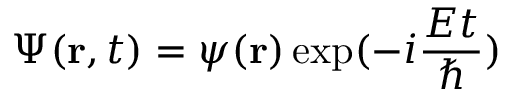
\Psi ( \mathbf { r } , t ) = \psi ( \mathbf { r } ) \exp ( - i \frac { E t } { \hbar } )